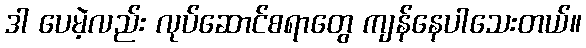
ဒါ ပေမဲ့လည်း လုပ်ဆောင်စရာတွေ ကျန်နေပါသေးတယ်။